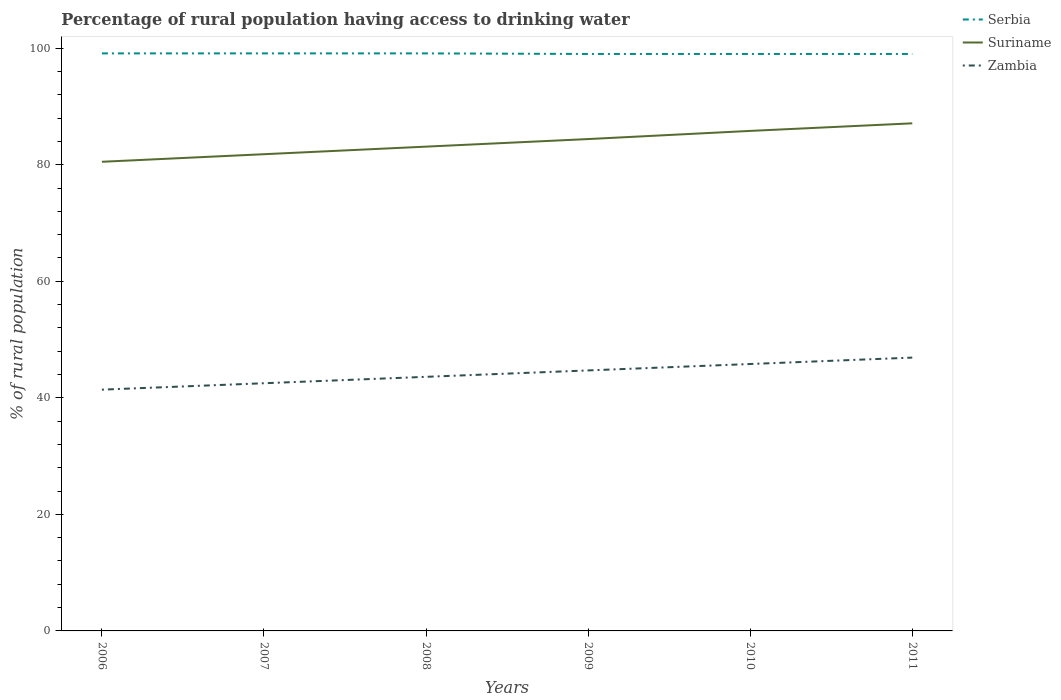
| Years | Serbia | Suriname | Zambia |
 | --- | --- | --- | --- |
 | 2006 | 99.1 | 80.5 | 41.4 |
 | 2007 | 99.1 | 81.8 | 42.5 |
 | 2008 | 99.1 | 83.1 | 43.6 |
 | 2009 | 99 | 84.4 | 44.7 |
 | 2010 | 99 | 85.8 | 45.8 |
 | 2011 | 99 | 87.1 | 46.9 |